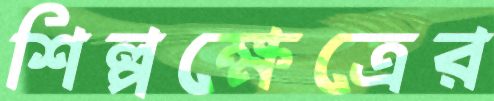
শিল্পক্ষেত্রের